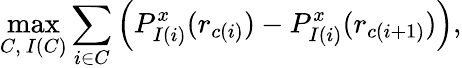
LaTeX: \operatorname*{max}_{C,\ I(C)}\sum_{i\in C}\Big(P_{I(i)}^{x}(r_{c(i)})-P_{I(i)}^{x}(r_{c(i+1)})\Big),